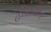
હીરાબોળ